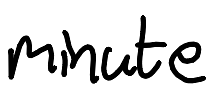
Text: minute
Cross-out: clean
Writing tool: digital_black